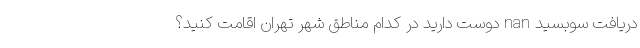
دریافت سوبسید nan دوست دارید در کدام مناطق شهر تهران اقامت کنید؟